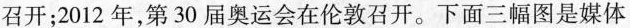
召开；2012年，第30届奥运会在伦敦召开。下面三幅图是媒体